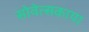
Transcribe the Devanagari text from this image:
सोवेत्सकाया